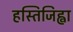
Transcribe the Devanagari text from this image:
हस्तिजिह्वा